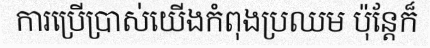
ការប្រើប្រាស់យើងកំពុងប្រឈម ប៉ុន្តែក៏